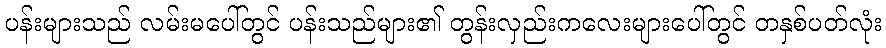
ပန်းများသည် လမ်းမပေါ်တွင် ပန်းသည်များ၏ တွန်းလှည်းကလေးများပေါ်တွင် တနှစ်ပတ်လုံး